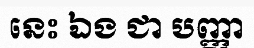
នេះ ឯង ជា បញ្ញា